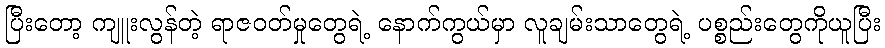
ပြီးတော့ ကျူးလွန်တဲ့ ရာဇဝတ်မှုတွေရဲ့ နောက်ကွယ်မှာ လူချမ်းသာတွေရဲ့ ပစ္စည်းတွေကိုယူပြီး